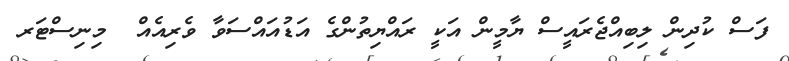
ފަސް ކުދިން ލިބިއްޖެރައީސް ޔާމީން އަކީ ރައްޔިތުންގެ އަޑުއައްސަވާ ވެރިއެއް  މިނިސްޓަރ